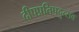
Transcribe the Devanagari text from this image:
दीपप्रतिपदुत्सव